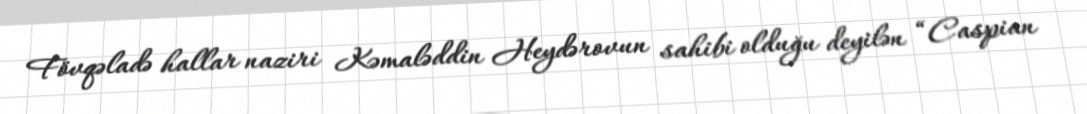
Fövqəladə hallar naziri Kəmaləddin Heydərovun sahibi olduğu deyilən “Caspian